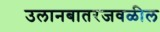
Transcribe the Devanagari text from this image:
उलानबातरजवळील